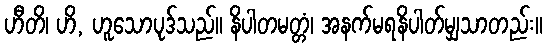
ဟီတိ၊ ဟိ, ဟူသောပုဒ်သည်။ နိပါတမတ္တံ၊ အနက်မရနိပါတ်မျှသာတည်း။